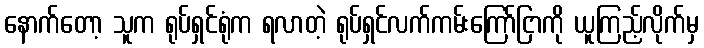
နောက်တော့ သူက ရုပ်ရှင်ရုံက ရလာတဲ့ ရုပ်ရှင်လက်ကမ်းကြော်ငြာကို ယူကြည့်လိုက်မှ